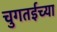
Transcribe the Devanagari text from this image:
चुगतईच्या